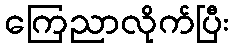
ကြေညာလိုက်ပြီး